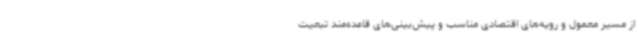
از مسیر معمول و رویه‌های اقتصادی مناسب و پیش‌بینی‌های قاعده‌مند تبعیت